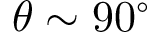
\theta \sim 9 0 ^ { \circ }